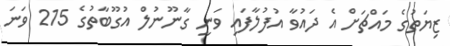
ޒިޔަތުގެ މައްޗަށް އެ ދައުވާ އުފުލާފައި ވަނީ ގާނޫނުލް އުގޫބާތުގެ 215 ވަނަ